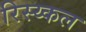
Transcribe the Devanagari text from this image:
रिस्य्कल